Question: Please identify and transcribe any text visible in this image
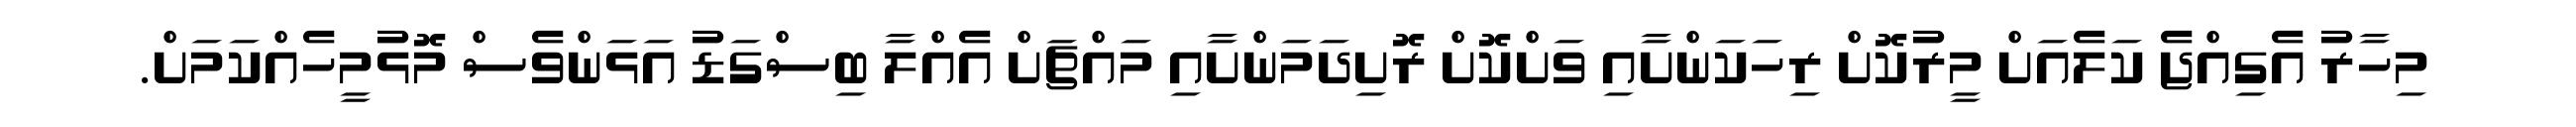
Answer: މިހާރު އެގިއްޖެ ކަލެއަށް މީރުކޮށް ރިހަކަންށާއި ވަށްކޮށް ރޮށިދަމަންށާއި މައްޗަށް އެއްލާ ބިސްގަޑު އަޅަންވެސް މޮޅުމީހެއްކަމަށް.